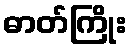
ဓာတ်ကြိုး